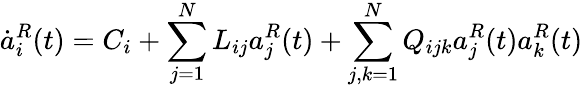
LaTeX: \dot{a}_{i}^{R}(t)=C_{i}+\displaystyle\sum_{j=1}^{N}L_{ij}a_{j}^{R}(t)+\displaystyle\sum_{j,k=1}^{N}Q_{ijk}a_{j}^{R}(t)a_{k}^{R}(t)